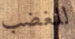
للغضب